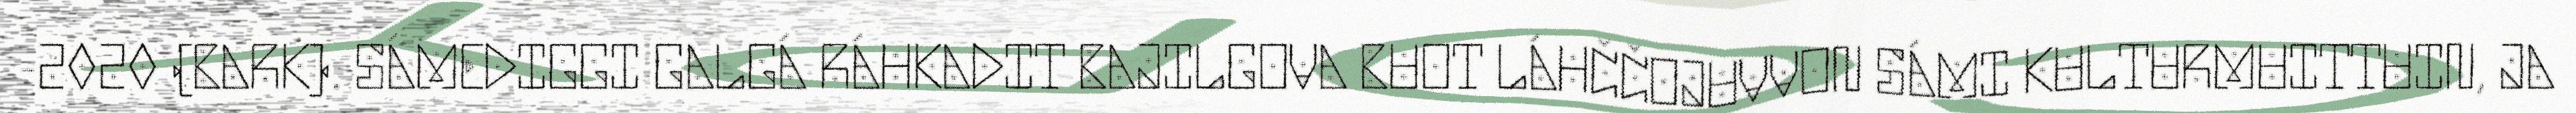
-2020 (BARK). SÁMEDIGGI GALGÁ RÁHKADIT BAJILGOVA BUOT LÁHČČOJUVVON SÁMI KULTURMUITTUIN, JA